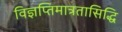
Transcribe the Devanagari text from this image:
विज्ञप्तिमात्रतासिद्धि